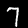
Digit: 7